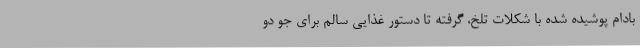
بادام پوشیده شده با شکلات تلخ، گرفته تا دستور غذایی سالم برای جو دو